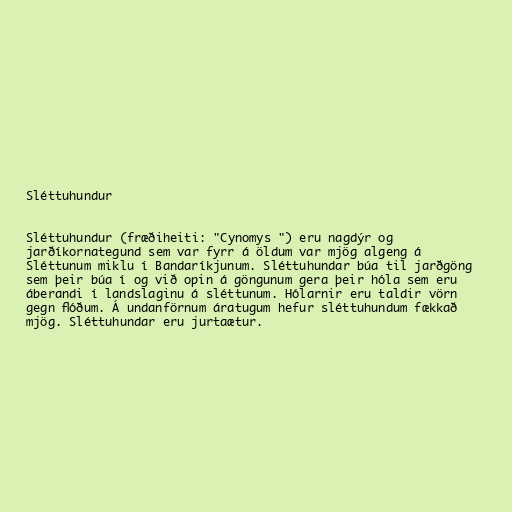
Sléttuhundur

Sléttuhundur (fræðiheiti: "Cynomys ") eru nagdýr og
jarðíkornategund sem var fyrr á öldum var mjög algeng á
Sléttunum miklu í Bandaríkjunum. Sléttuhundar búa til jarðgöng
sem þeir búa í og við opin á göngunum gera þeir hóla sem eru
áberandi í landslaginu á sléttunum. Hólarnir eru taldir vörn
gegn flóðum. Á undanförnum áratugum hefur sléttuhundum fækkað
mjög. Sléttuhundar eru jurtaætur.